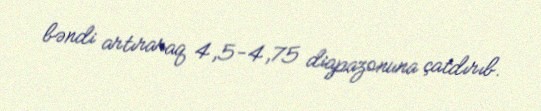
bəndi artıraraq 4,5-4,75 diapazonuna çatdırıb.